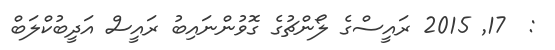
:  17